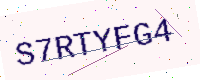
Text: S7RTYFG4